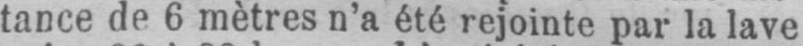
tance de 6 mètres n’a été rejointe par la lave